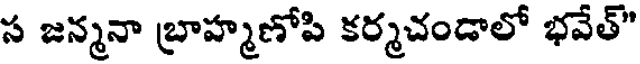
స జన్మనా బ్రాహ్మణోపి కర్మచండాలో భవేత్"